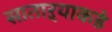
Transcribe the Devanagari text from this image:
साताऱ्याकडे